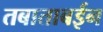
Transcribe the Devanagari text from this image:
तबाताबईन